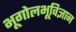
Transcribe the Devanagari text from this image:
भूगोलभूविज्ञान